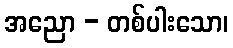
အညော - တစ်ပါးသော၊